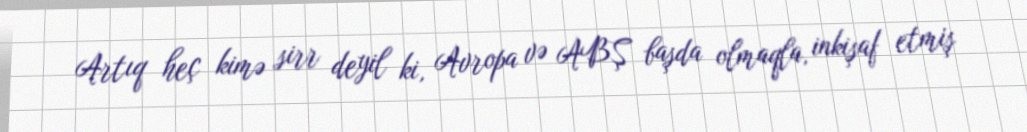
Artıq heç kimə sirr deyil ki, Avropa və ABŞ başda olmaqla, inkişaf etmiş